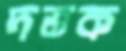
দত্তক